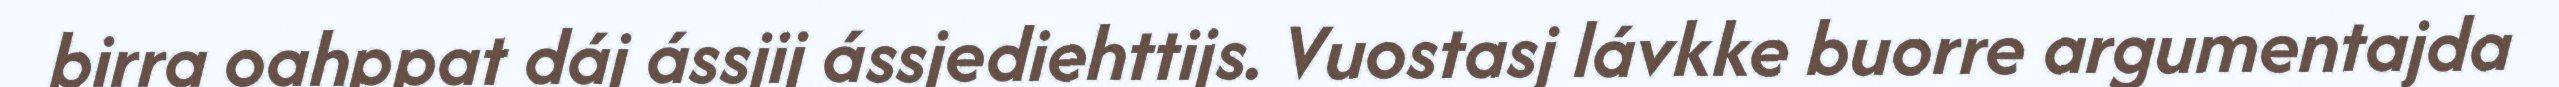
birra oahppat dáj ássjij ássjediehttijs. Vuostasj lávkke buorre argumentajda